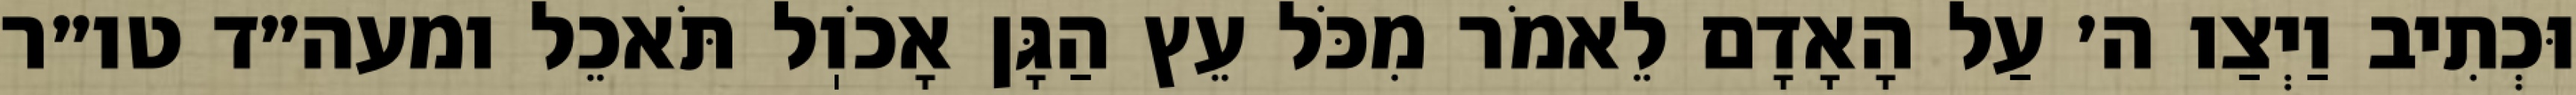
וּכְתִיב וַיְצַו ה׳ עַל הָאָדָם לֵאמֹר מִכֹּל עֵץ הַגָּן אָכֹוֽל תֹּאכֵל ומעה״ד טו״ר